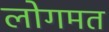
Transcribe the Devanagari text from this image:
लोगमत